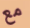
مع